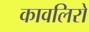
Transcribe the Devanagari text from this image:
कावलिरो